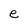
Character: e